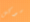
سوكس